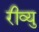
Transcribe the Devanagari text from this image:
रीव्यु